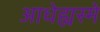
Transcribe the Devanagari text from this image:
आधेह्यस्मे